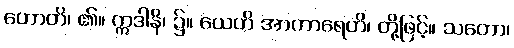
ဟောတိ၊ ၏။ ဣဒါနိ၊ ၌။ ယေဟိ အာကာရေဟိ၊ တို့ဖြင့်။ သတော၊